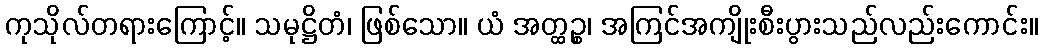
ကုသိုလ်တရားကြောင့်။ သမုဋ္ဌိတံ၊ ဖြစ်သော။ ယံ အတ္ထဉ္စ၊ အကြင်အကျိုးစီးပွားသည်လည်းကောင်း။